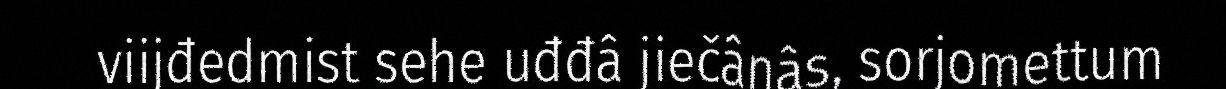
viijđedmist sehe uđđâ jiečânâs, sorjomettum